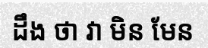
ដឹង ថា វា មិន មែន